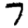
Digit: 7